Annual report of the Punjab Veterinary College and of the Civil Veterinary Department, Punjab - 1909-1919
Year: 1909
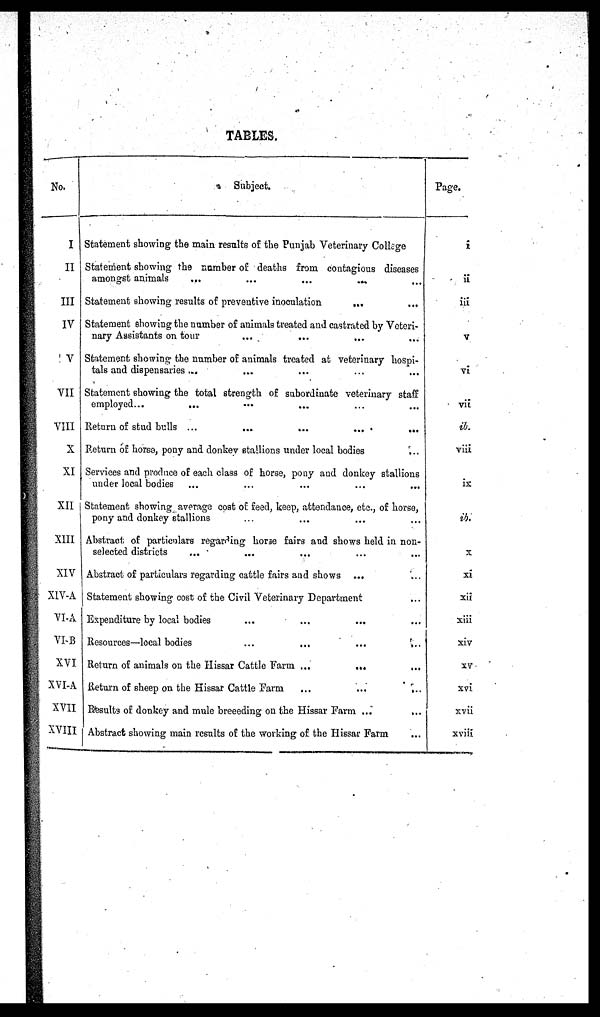
TABLES.
No.
I
II
III
IV
V
VII
VIII
X
XI
XII
XIII
XIV
XIV-A
VI-A
VMS
XVI
XVI-A
XVII
XVIII
Subject.
Statement showing the main results of the Punjab Veterinary College
Statement showing the number of deaths from contagious diseases
amongst animals
...
...
...
...
Statement showing results of preventive inoculation
... ...
Statement showing the number of animals treated and castrated by Veteri-
nary Assistants on tour
...
... ... ...
Statement showing the number of animals treated at veterinary hospi-
tals and dispensaries ...
...
...
...
Statement showing the total strength of subordinate veterinary staff
employed...
...
...
...
...
...
Return of stud bulls ... ... ... ... ...
Return of horse, pony and donkey stallions under local bodies ...
Services and produce of each class of horse, pony and donkey stallions
under local bodies ... ... ... ... ...
Statement showing average cost of feed, keep, attendance, etc., of horse,
pony and donkey stallions ... ... ... ... ...
Abstract of particulars regarding horse fairs and shows held in non-
selected districts
... ... ... ... ...
Abstract of particulars regarding cattle fairs and shows ... ...
Statement showing cost of the Civil Veterinary Department ...
Expenditure by local bodies ... ... ... ...
Resources—local bodies
...
...
...
...
Return of animals on the Hissar Cattle Farm ...
...
Return of sheep on the Hissar Cattle Farm
...
...
...
Results of donkey and mule breeeding on the Hissar Farm ... ...
Abstract showing main results of the working of the Hissar Farm ...
Page.
i
ii
iii
V
Vi
vii
ib.
viii
ix
ib.
X
xi
xii
xiii
xiv
xv
xvi
xvii
xviii